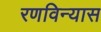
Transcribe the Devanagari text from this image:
रणविन्यास